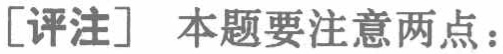
[评注] 本题要注意两点：